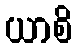
ယာစိ